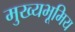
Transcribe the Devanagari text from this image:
मुख्यभूमिय